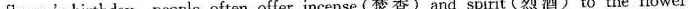
flower's birthday,people often offer incense(焚香)and spirit(烈酒)to the flower